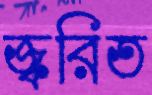
জ্বরিত